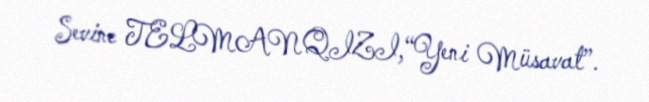
Sevinc TELMANQIZI,“Yeni Müsavat”.